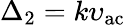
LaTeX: \Delta_{2}=k\upsilon_{\mathrm{ac}}